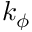
k _ { \phi }